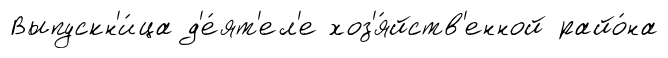
Выпускн'и́ца д'е́ят'ел'е хоз'я́йств'енной райо́на